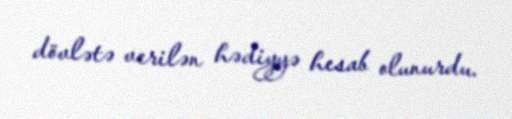
dövlətə verilən hədiyyə hesab olunurdu.